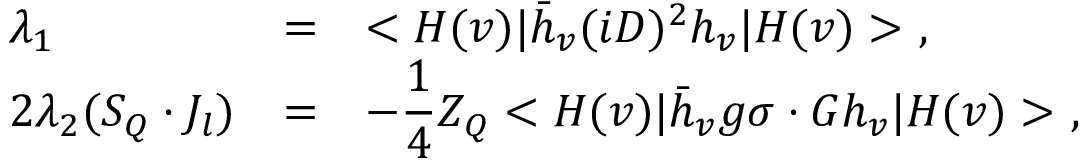
\begin{array} { l l l } { { \lambda _ { 1 } } } & { { = } } & { { < H ( v ) | \bar { h } _ { v } ( i D ) ^ { 2 } h _ { v } | H ( v ) > ~ , } } \\ { { 2 \lambda _ { 2 } ( S _ { Q } \cdot J _ { l } ) } } & { { = } } & { { \displaystyle - \frac { 1 } { 4 } Z _ { Q } < H ( v ) | \bar { h } _ { v } g \sigma \cdot G h _ { v } | H ( v ) > ~ , } } \end{array}